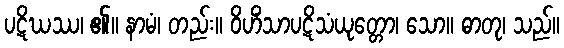
ပဋိဃဿ၊ ၏။ နာမံ၊ တည်း။ ဝိဟိံသာပဋိသံယုတ္တော၊ သော။ ဓာတု၊ သည်။